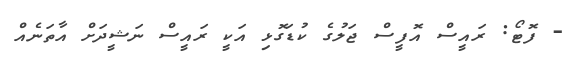
- ފޮޓޯ: ރައީސް އޮފީސް ޖަލުގެ ކުޑަގޮޅި އަކީ ރައީސް ނަޝީދަށް އާތަނެއް